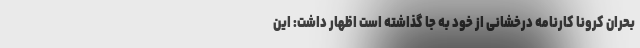
بحران کرونا کارنامه درخشانی از خود به جا گذاشته است اظهار داشت: این